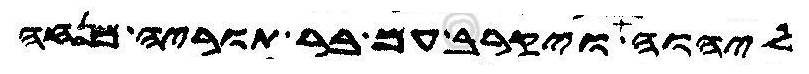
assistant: ליהוה ויקרב עם בר תוריה מנחה